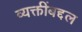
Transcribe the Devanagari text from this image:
व्यक्तींबद्दल